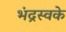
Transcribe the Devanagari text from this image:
भंद्रस्वके